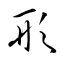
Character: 形